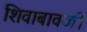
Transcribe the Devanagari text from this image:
शिवाबावजी